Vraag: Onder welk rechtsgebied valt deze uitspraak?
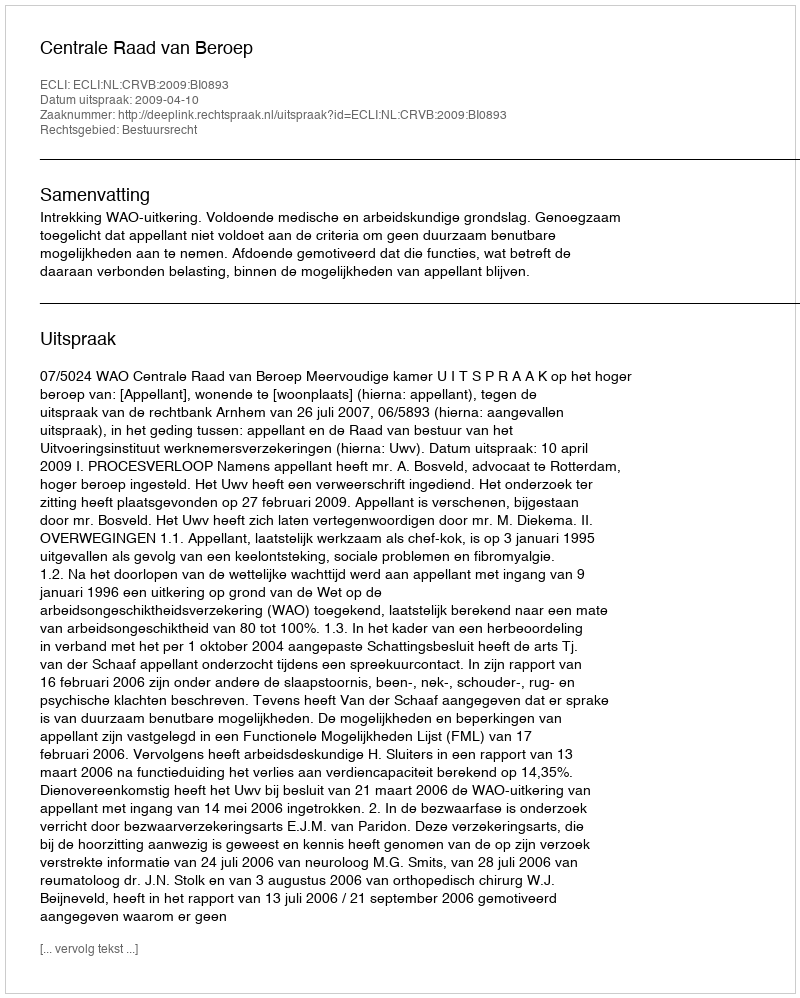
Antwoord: Bestuursrecht